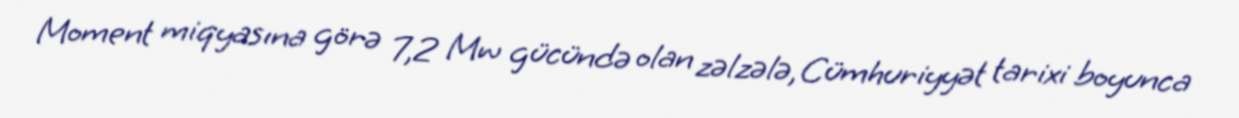
Moment miqyasına görə 7,2 Mw gücündə olan zəlzələ, Cümhuriyyət tarixi boyunca